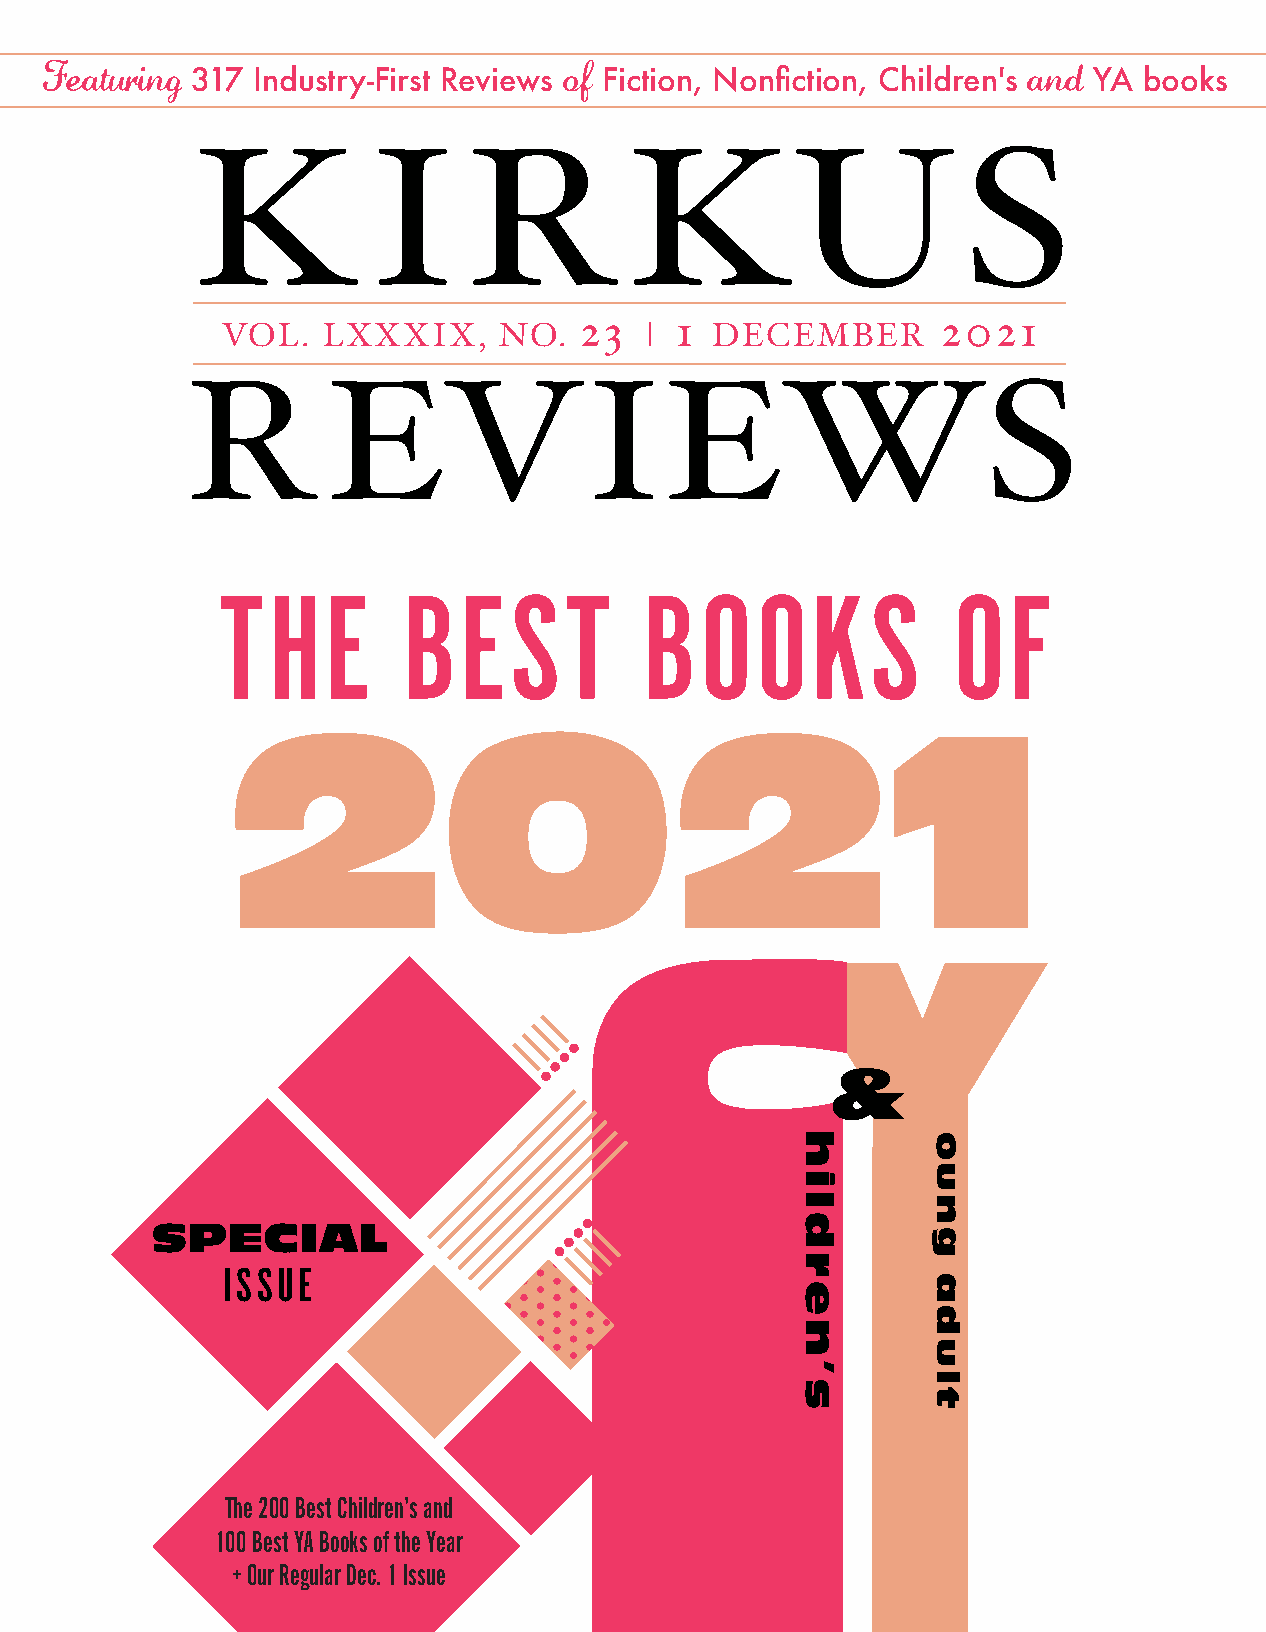
Featuring 317 Industry-First Reviews of Fiction, Nonfiction, Children's and YA books
 K          I      R          KU                    S
 VOL.  LXXXIX,     NO.  23   | 1 DECEMBER       2021
 R         EVIEWS
 THE         BEST            BOOKS               OF
 2021
 &
 SPECIAL
 ISSUE
 The 200 Best Children’s and
 100 Best YA Books of the Year
 + Our Regular Dec. 1 Issue
 hildren’s oung
 adult